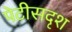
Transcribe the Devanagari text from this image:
पेटीसदृश